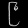
Digit: ၉